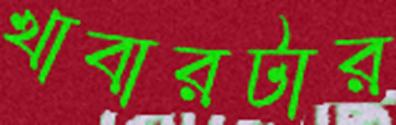
খাবারটার